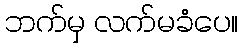
ဘက်မှ လက်မခံပေ။